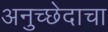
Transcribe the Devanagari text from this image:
अनुच्छेदाचा